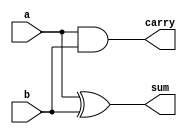
module halfadder_g1 (a,b,sum,carry);
input a, b;
output sum, carry;
and g1(carry,a,b);
xor g2(sum,a,b);
endmodule
module halfadder_g1_tb;
reg a,b;
wire sum, carry;
halfadder_g1 i(a,b,sum,carry);
initial
begin
    a=1'b0;
    b=1'b0;
    $monitor("time:%0t a=%b b=%b sum=%b carry=%b",$time,a,b,sum,carry);
    #5 a=1'b0; b=1'b0;
    #5 a=1'b0; b=1'b1;
    #5 a=1'b1; b=1'b0;
    #5 a=1'b1; b=1'b1;
end
endmodule